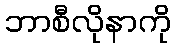
ဘာစီလိုနာကို